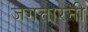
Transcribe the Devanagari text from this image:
जगत्तारनी